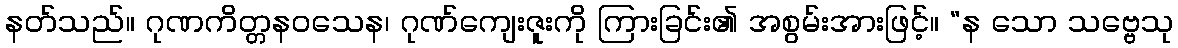
နတ်သည်။ ဂုဏကိတ္တနဝသေန၊ ဂုဏ်ကျေးဇူးကို ကြားခြင်း၏ အစွမ်းအားဖြင့်။ “န သော သဗ္ဗေသု